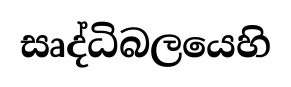
සෘද්ධිබලයෙහි